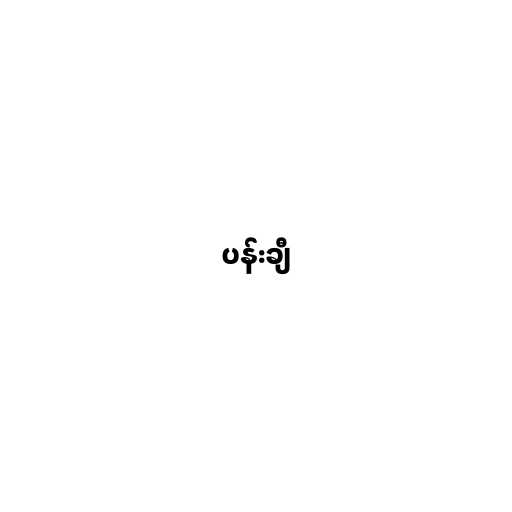
ပန်းချီ